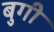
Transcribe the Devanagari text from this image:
बुगी